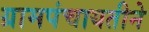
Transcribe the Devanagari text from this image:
ग्रामपंचायतीने